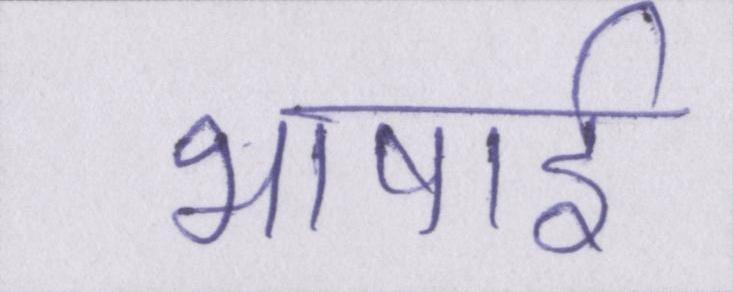
भाषाई